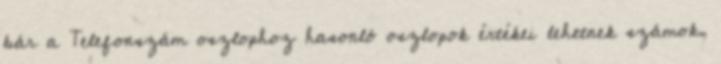
bár a Telefonszám oszlophoz hasonló oszlopok értékei lehetnek számok,